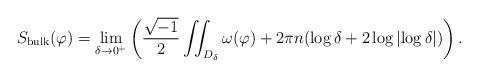
LaTeX: \begin{align*} S_{\mathrm{bulk}}(\varphi)=\lim_{\delta\rightarrow 0^{+}}\left(\frac{\sqrt{-1}}{2}\iint_{D_{\delta}}\omega(\varphi) +2\pi n(\log\delta + 2\log\left|\log\delta\right|)\right).\end{align*}